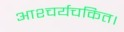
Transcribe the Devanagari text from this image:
आश्चर्यचकित।